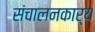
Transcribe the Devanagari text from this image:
संचालनकार्य